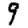
Digit: 9